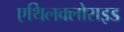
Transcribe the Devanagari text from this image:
एथिलक्लोराइड